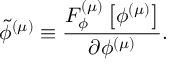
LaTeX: \widetilde { \phi } ^ { \left( \mu \right) } \equiv \frac { { \cal F } _ { \phi } ^ { \left( \mu \right) } \left[ \phi ^ { \left( \mu \right) } \right] } { \partial \phi ^ { \left( \mu \right) } } .